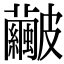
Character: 𥀹